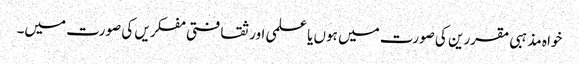
خواہ مذہبی مقررین کی صورت میں ہوں یا علمی اور ثقافتی مفکریں کی صورت میں۔